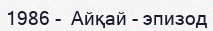
1986 -  Айқай - эпизод